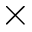
\times